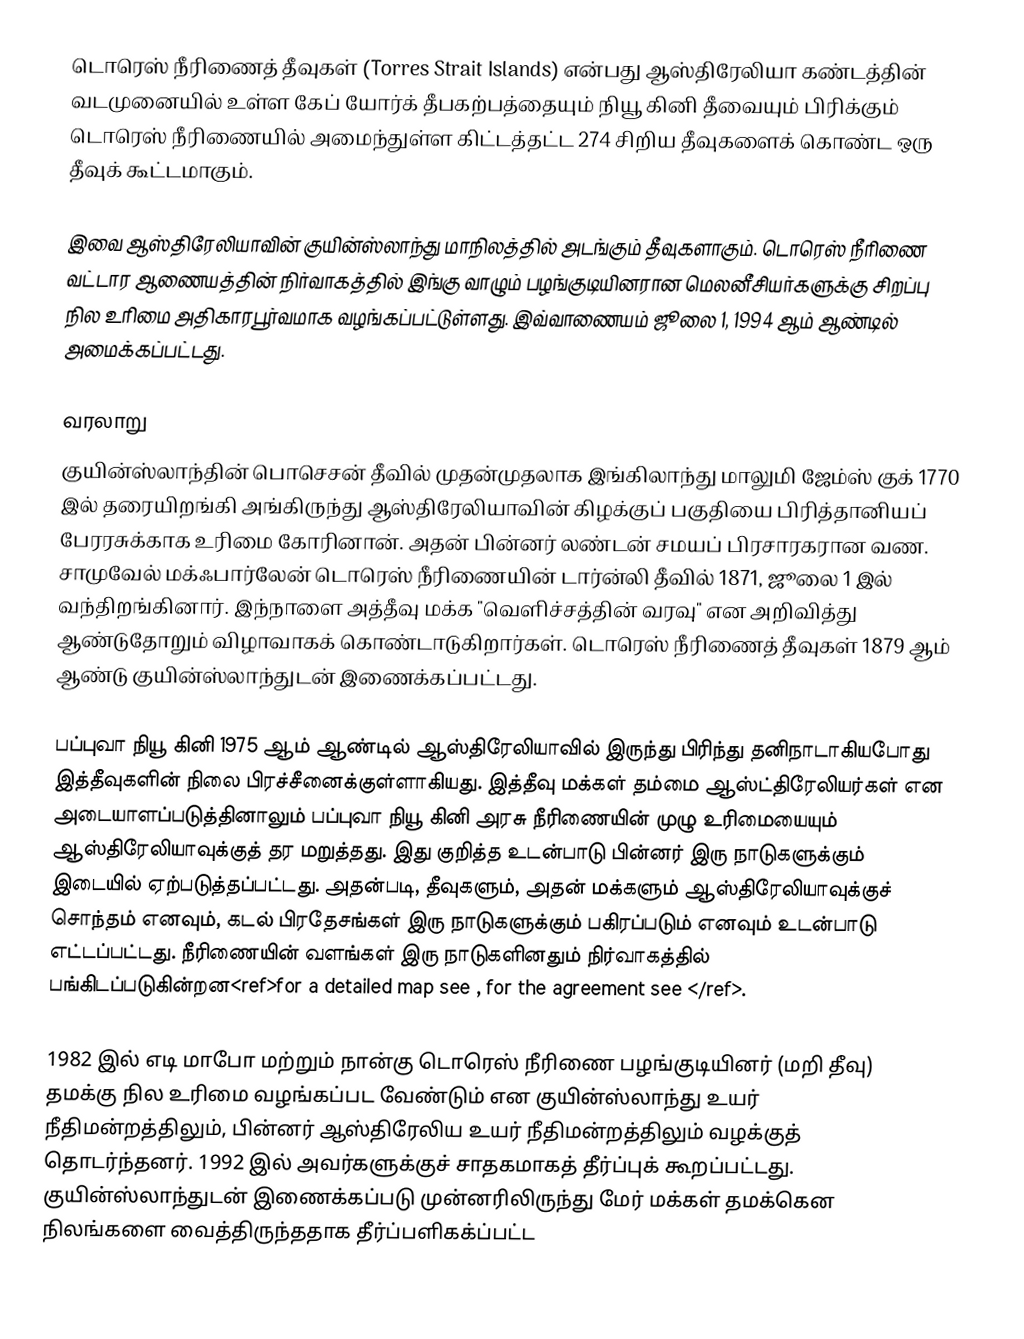
டொரெஸ் நீரிணைத் தீவுகள் (Torres Strait Islands) என்பது ஆஸ்திரேலியா கண்டத்தின் வடமுனையில் உள்ள கேப் யோர்க் தீபகற்பத்தையும் நியூ கினி தீவையும் பிரிக்கும் டொரெஸ் நீரிணையில் அமைந்துள்ள கிட்டத்தட்ட 274 சிறிய தீவுகளைக் கொண்ட ஒரு தீவுக் கூட்டமாகும்.

இவை ஆஸ்திரேலியாவின் குயின்ஸ்லாந்து மாநிலத்தில் அடங்கும் தீவுகளாகும். டொரெஸ் நீரிணை வட்டார ஆணையத்தின் நிர்வாகத்தில் இங்கு வாழும் பழங்குடியினரான மெலனீசியர்களுக்கு சிறப்பு நில உரிமை அதிகாரபூர்வமாக வழங்கப்பட்டுள்ளது. இவ்வாணையம் ஜூலை 1, 1994 ஆம் ஆண்டில் அமைக்கப்பட்டது.

வரலாறு
குயின்ஸ்லாந்தின் பொசெசன் தீவில் முதன்முதலாக இங்கிலாந்து மாலுமி ஜேம்ஸ் குக் 1770 இல் தரையிறங்கி அங்கிருந்து ஆஸ்திரேலியாவின் கிழக்குப் பகுதியை பிரித்தானியப் பேரரசுக்காக உரிமை கோரினான். அதன் பின்னர் லண்டன் சமயப் பிரசாரகரான வண. சாமுவேல் மக்ஃபார்லேன் டொரெஸ் நீரிணையின் டார்ன்லி தீவில் 1871, ஜூலை 1 இல் வந்திறங்கினார். இந்நாளை அத்தீவு மக்க "வெளிச்சத்தின் வரவு" என அறிவித்து ஆண்டுதோறும் விழாவாகக் கொண்டாடுகிறார்கள். டொரெஸ் நீரிணைத் தீவுகள் 1879 ஆம் ஆண்டு குயின்ஸ்லாந்துடன் இணைக்கப்பட்டது.

பப்புவா நியூ கினி 1975 ஆம் ஆண்டில் ஆஸ்திரேலியாவில் இருந்து பிரிந்து தனிநாடாகியபோது இத்தீவுகளின் நிலை பிரச்சீனைக்குள்ளாகியது. இத்தீவு மக்கள் தம்மை ஆஸ்ட்திரேலியர்கள் என அடையாளப்படுத்தினாலும் பப்புவா நியூ கினி அரசு நீரிணையின் முழு உரிமையையும் ஆஸ்திரேலியாவுக்குத் தர மறுத்தது. இது குறித்த உடன்பாடு பின்னர் இரு நாடுகளுக்கும் இடையில் ஏற்படுத்தப்பட்டது. அதன்படி, தீவுகளும், அதன் மக்களும் ஆஸ்திரேலியாவுக்குச் சொந்தம் எனவும், கடல் பிரதேசங்கள் இரு நாடுகளுக்கும் பகிரப்படும் எனவும் உடன்பாடு எட்டப்பட்டது. நீரிணையின் வளங்கள் இரு நாடுகளினதும் நிர்வாகத்தில் பங்கிடப்படுகின்றன<ref>for a detailed map see , for the agreement see </ref>.

1982 இல் எடி மாபோ மற்றும் நான்கு டொரெஸ் நீரிணை பழங்குடியினர் (மறி தீவு) தமக்கு நில உரிமை வழங்கப்பட வேண்டும் என குயின்ஸ்லாந்து உயர் நீதிமன்றத்திலும், பின்னர் ஆஸ்திரேலிய உயர் நீதிமன்றத்திலும் வழக்குத் தொடர்ந்தனர். 1992 இல் அவர்களுக்குச் சாதகமாகத் தீர்ப்புக் கூறப்பட்டது. குயின்ஸ்லாந்துடன் இணைக்கப்படு முன்னரிலிருந்து மேர் மக்கள் தமக்கென நிலங்களை வைத்திருந்ததாக தீர்ப்பளிகக்ப்பட்ட